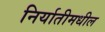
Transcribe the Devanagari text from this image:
निर्यातीमधील